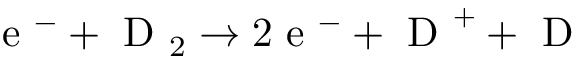
\mathrm { ~ e ~ } ^ { - } + \mathrm { ~ D ~ } _ { 2 } \rightarrow 2 \mathrm { ~ e ~ } ^ { - } + \mathrm { ~ D ~ } ^ { + } + \mathrm { ~ D ~ }